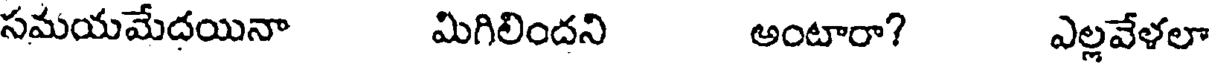
సమయమేదయినా మిగిలిందని అంటారా? ఎల్లవేళలా